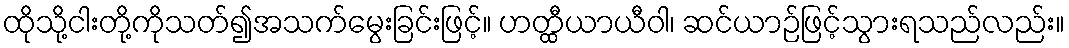
ထိုသို့ငါးတို့ကိုသတ်၍အသက်မွေးခြင်းဖြင့်။ ဟတ္ထီယာယီဝါ၊ ဆင်ယာဉ်ဖြင့်သွားရသည်လည်း။